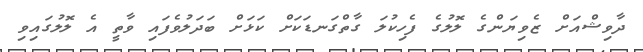
ދާވިޝްއަށް ޒެވިޔަންގެ ލޮލުގެ ފެހިކުލަ ގާތްގަނޑަކަށް ކަޅަށް ބަދަލުވެފައި ވާތީ އެ ލޮލުގައިވި